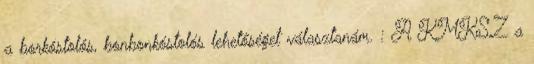
a borkóstolós, bonbonkóstolós lehetőséget választanám. : A KMKSZ a